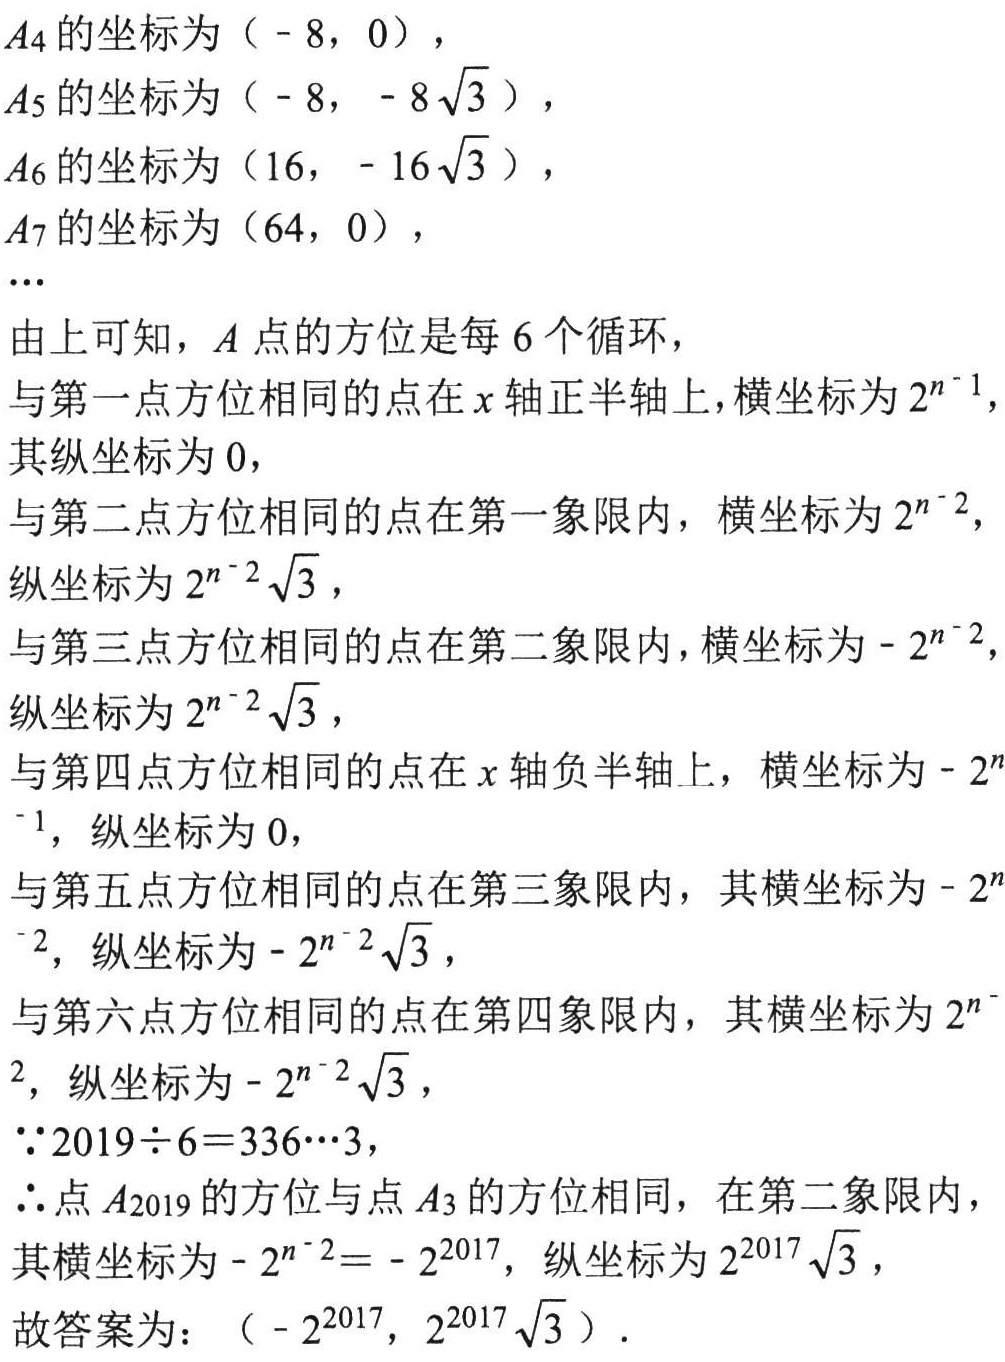
\(A_4\)的坐标为\(( - 8,0)\)，
\(A_5\)的坐标为\(( - 8,- 8\sqrt{3})\)，
\(A_6\)的坐标为\((16,- 16\sqrt{3})\)，
\(A_7\)的坐标为\((64,0)\)，
\(\cdots\)
由上可知，\(A\)点的方位是每\(6\)个循环，
与第一点方位相同的点在\(x\)轴正半轴上，横坐标为\(2^{n - 1}\)，其纵坐标为\(0\)，
与第二点方位相同的点在第一象限内，横坐标为\(2^{n - 2}\)，纵坐标为\(2^{n - 2}\sqrt{3}\)，
与第三点方位相同的点在第二象限内，横坐标为\(- 2^{n - 2}\)，纵坐标为\(2^{n - 2}\sqrt{3}\)，
与第四点方位相同的点在\(x\)轴负半轴上，横坐标为\(- 2^{n - 1}\)，纵坐标为\(0\)，
与第五点方位相同的点在第三象限内，其横坐标为\(- 2^{n - 2}\)，纵坐标为\(- 2^{n - 2}\sqrt{3}\)，
与第六点方位相同的点在第四象限内，其横坐标为\(2^{n - 2}\)，纵坐标为\(- 2^{n - 2}\sqrt{3}\)，
\(\because2019\div6 = 336\cdots3\)，
\(\therefore\)点\(A_{2019}\)的方位与点\(A_3\)的方位相同，在第二象限内，其横坐标为\(- 2^{n - 2}=- 2^{2017}\)，纵坐标为\(2^{2017}\sqrt{3}\)，
故答案为：\(( - 2^{2017},2^{2017}\sqrt{3})\)．